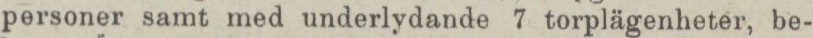
personer samt med underlydande 7 torplägenheter, be-